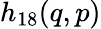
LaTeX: h_{18}(q,p)